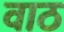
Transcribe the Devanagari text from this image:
वाठ